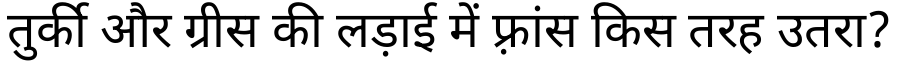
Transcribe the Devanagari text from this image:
तुर्की और ग्रीस की लड़ाई में फ़्रांस किस तरह उतरा?